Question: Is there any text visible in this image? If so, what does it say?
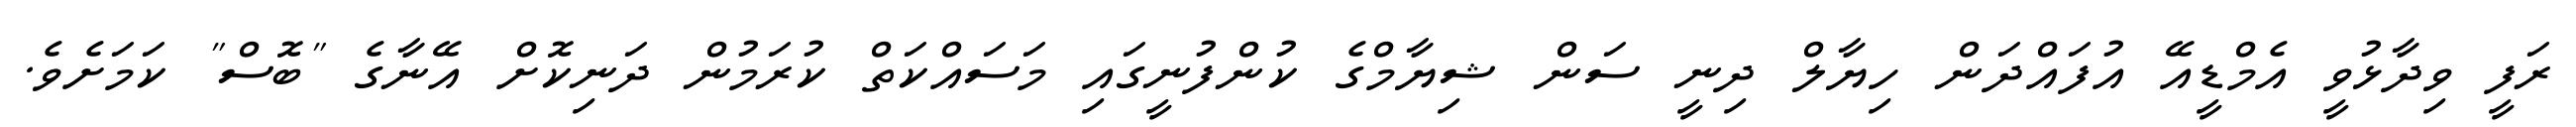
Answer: ރަފީ ވިދާޅުވީ އެމްޑީއޭ އުފައްދަން ހިޔާލް ދިނީ ސަން ޝިޔާމްގެ ކުންފުނީގައި މަސައްކަތް ކުރަމުން ދަނިކޮށް އޭނާގެ "ބޮސް" ކަމަށެވެ.